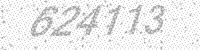
Solution: 624113